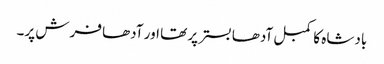
بادشاہ کا کمبل آدھا بستر پر تھا اور آدھا فرش پر۔